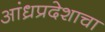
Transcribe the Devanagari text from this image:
आंध्रप्रदेशाचा